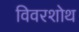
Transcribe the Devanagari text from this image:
विवरशोथ